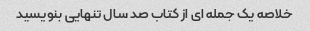
خلاصه یک جمله ای از کتاب صد سال تنهایی بنویسید